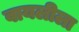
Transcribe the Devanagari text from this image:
वायलीला